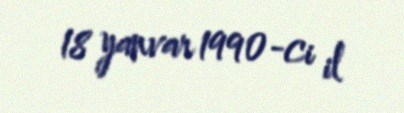
18 yanvar 1990-ci il